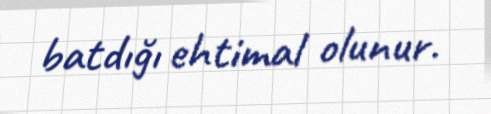
batdığı ehtimal olunur.